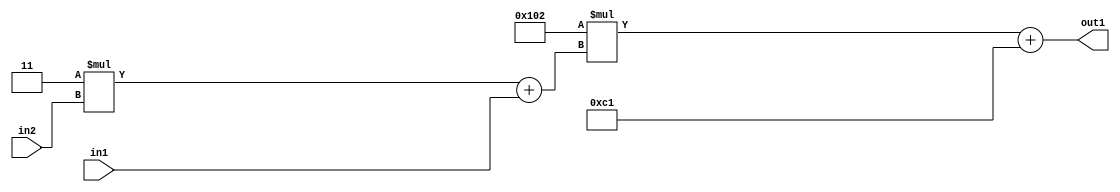
`timescale 1ps / 1ps
/*****************************************************************************
    Verilog RTL Description
    
    
    Created by: Stratus DpOpt 2019.1.01 
*******************************************************************************/

module DC_Filter_Add2i193Mul2i258Add2u1Mul2i3u2_1 (
	in2,
	in1,
	out1
	); /* architecture "behavioural" */ 
input [1:0] in2;
input  in1;
output [11:0] out1;
wire [11:0] asc001;
wire [3:0] asc002;

wire [3:0] asc002_tmp_0;
assign asc002_tmp_0 = 
	+(4'B0011 * in2);
assign asc002 = asc002_tmp_0
	+(in1);

wire [11:0] asc001_tmp_1;
assign asc001_tmp_1 = 
	+(12'B000100000010 * asc002);
assign asc001 = asc001_tmp_1
	+(12'B000011000001);

assign out1 = asc001;
endmodule

/* CADENCE  v7XzSAA= : u9/ySgnWtBlWxVPRXgAZ4Og= ** DO NOT EDIT THIS LINE ******/